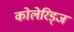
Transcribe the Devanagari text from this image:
कोलेरिड्ज